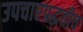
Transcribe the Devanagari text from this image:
उपचारपद्धतीच